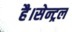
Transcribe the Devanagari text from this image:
है।सेन्ट्रल